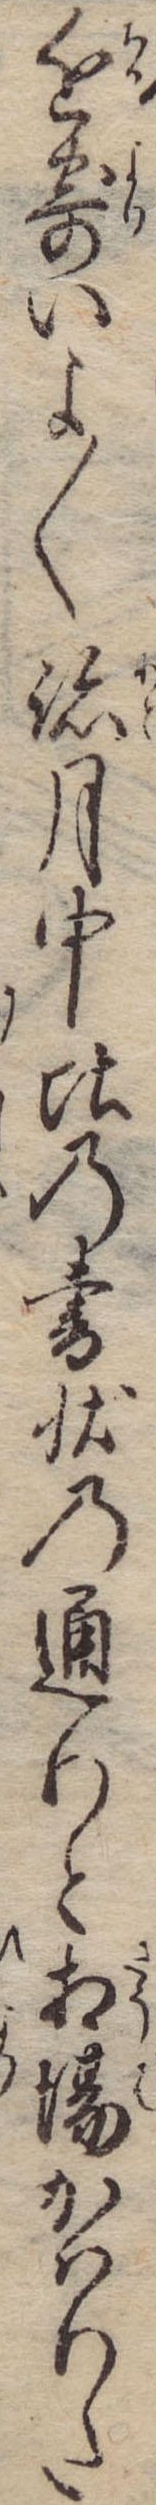
近寄いよ〱跡月中比の書状の通りと相場かはりた